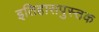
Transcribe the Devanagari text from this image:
इतिहासपुस्तक